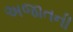
અજાતની